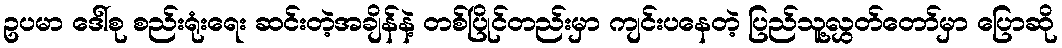
ဥပမာ ဒေါ်စု စည်းရုံးရေး ဆင်းတဲ့အချိန်နဲ့ တစ်ပြိုင်တည်းမှာ ကျင်းပနေတဲ့ ပြည်သူ့လွှတ်တော်မှာ ပြောဆို